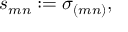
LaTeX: s _ { m n } : = \sigma _ { ( m n ) } ,